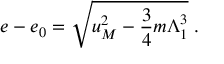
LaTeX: e - e _ { 0 } = \sqrt { u _ { M } ^ { 2 } - \frac 3 4 m \Lambda _ { 1 } ^ { 3 } } \; .